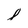
Character: 8